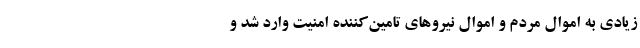
زیادی به اموال مردم و اموال نیرو‌های تامین‌کننده امنیت وارد شد و